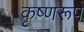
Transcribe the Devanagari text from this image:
कृष्णरूप